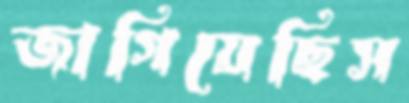
জাগিয়েছিস